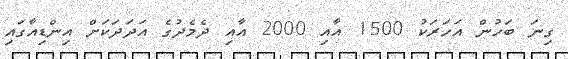
ގިނަ ބަހުން އަހަރަކު 1500 އާއި 2000 އާއި ދެމެދުގެ އަދަދަކަށް އިންޑިއާގައި